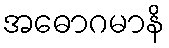
အဓောဂမာနိ